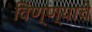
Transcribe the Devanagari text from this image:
विण्ण्याचे